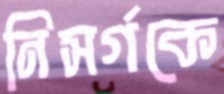
নিসর্গকে